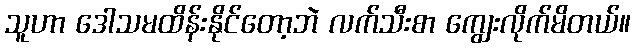
သူဟာ ဒေါသမထိန်းနိုင်တော့ဘဲ လက်သီးစာ ကျွေးလိုက်မိတယ်။